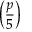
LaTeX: \left( { \frac { p } { 5 } } \right)